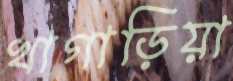
খাগাড়িয়া